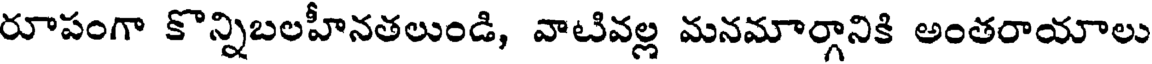
రూపంగా కొన్నిబలహీనతలుండి, వాటివల్ల మనమార్గానికి అంతరాయాలు